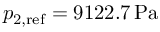
p _ { 2 , \mathrm { r e f } } = 9 1 2 2 . 7 \, \mathrm { P a }